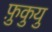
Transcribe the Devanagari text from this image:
फ़ुकुयु